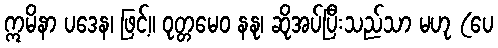
ဣမိနာ ပဒေန၊ ဖြင့်။ ဝုတ္တမေဝ နနု၊ ဆိုအပ်ပြီးသည်သာ မဟု (ပေ